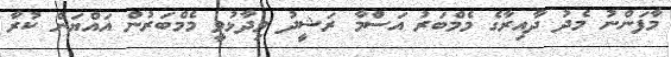
މާފަންނު މެދު ދާއިރާގެ މެމްބަރު އަސްމާ ރަޝީދު ވިދާޅުވީ މެމްބަރުން އައްޔަން ކުރާ